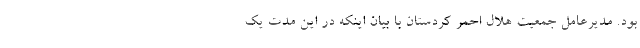
بود. مدیرعامل جمعیت هلال احمر کردستان با بیان اینکه در این مدت یک